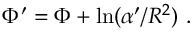
\Phi ^ { \prime } = \Phi + \mathrm { l n } ( \alpha ^ { \prime } / R ^ { 2 } ) \ .